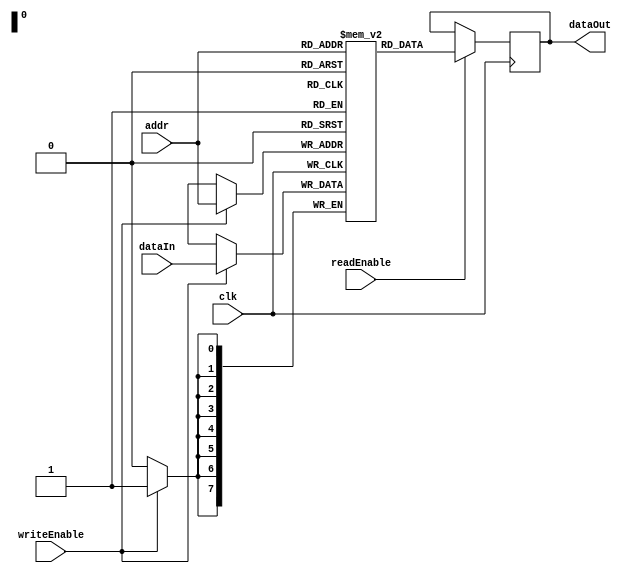
module DualPortRAM (
    input wire clk,
    input wire [7:0] addr,
    input wire [7:0] dataIn,
    input wire writeEnable,
    input wire readEnable,
    output reg [7:0] dataOut,
);

reg [7:0] memory [0:255];

always @(posedge clk) begin
    if (writeEnable) begin
        memory[addr] <= dataIn;
    end
end

always @(posedge clk) begin
    if (readEnable) begin
        dataOut <= memory[addr];
    end
end

endmodule